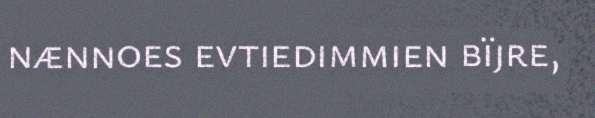
nænnoes evtiedimmien bïjre,